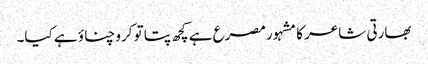
بھارتی شاعر کا مشہور مصرع ہے کچھ پتا تو کرو چناؤ ہے کیا۔